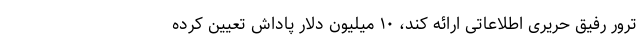
ترور رفیق حریری اطلاعاتی ارائه کند، ۱۰ میلیون دلار پاداش تعیین کرده